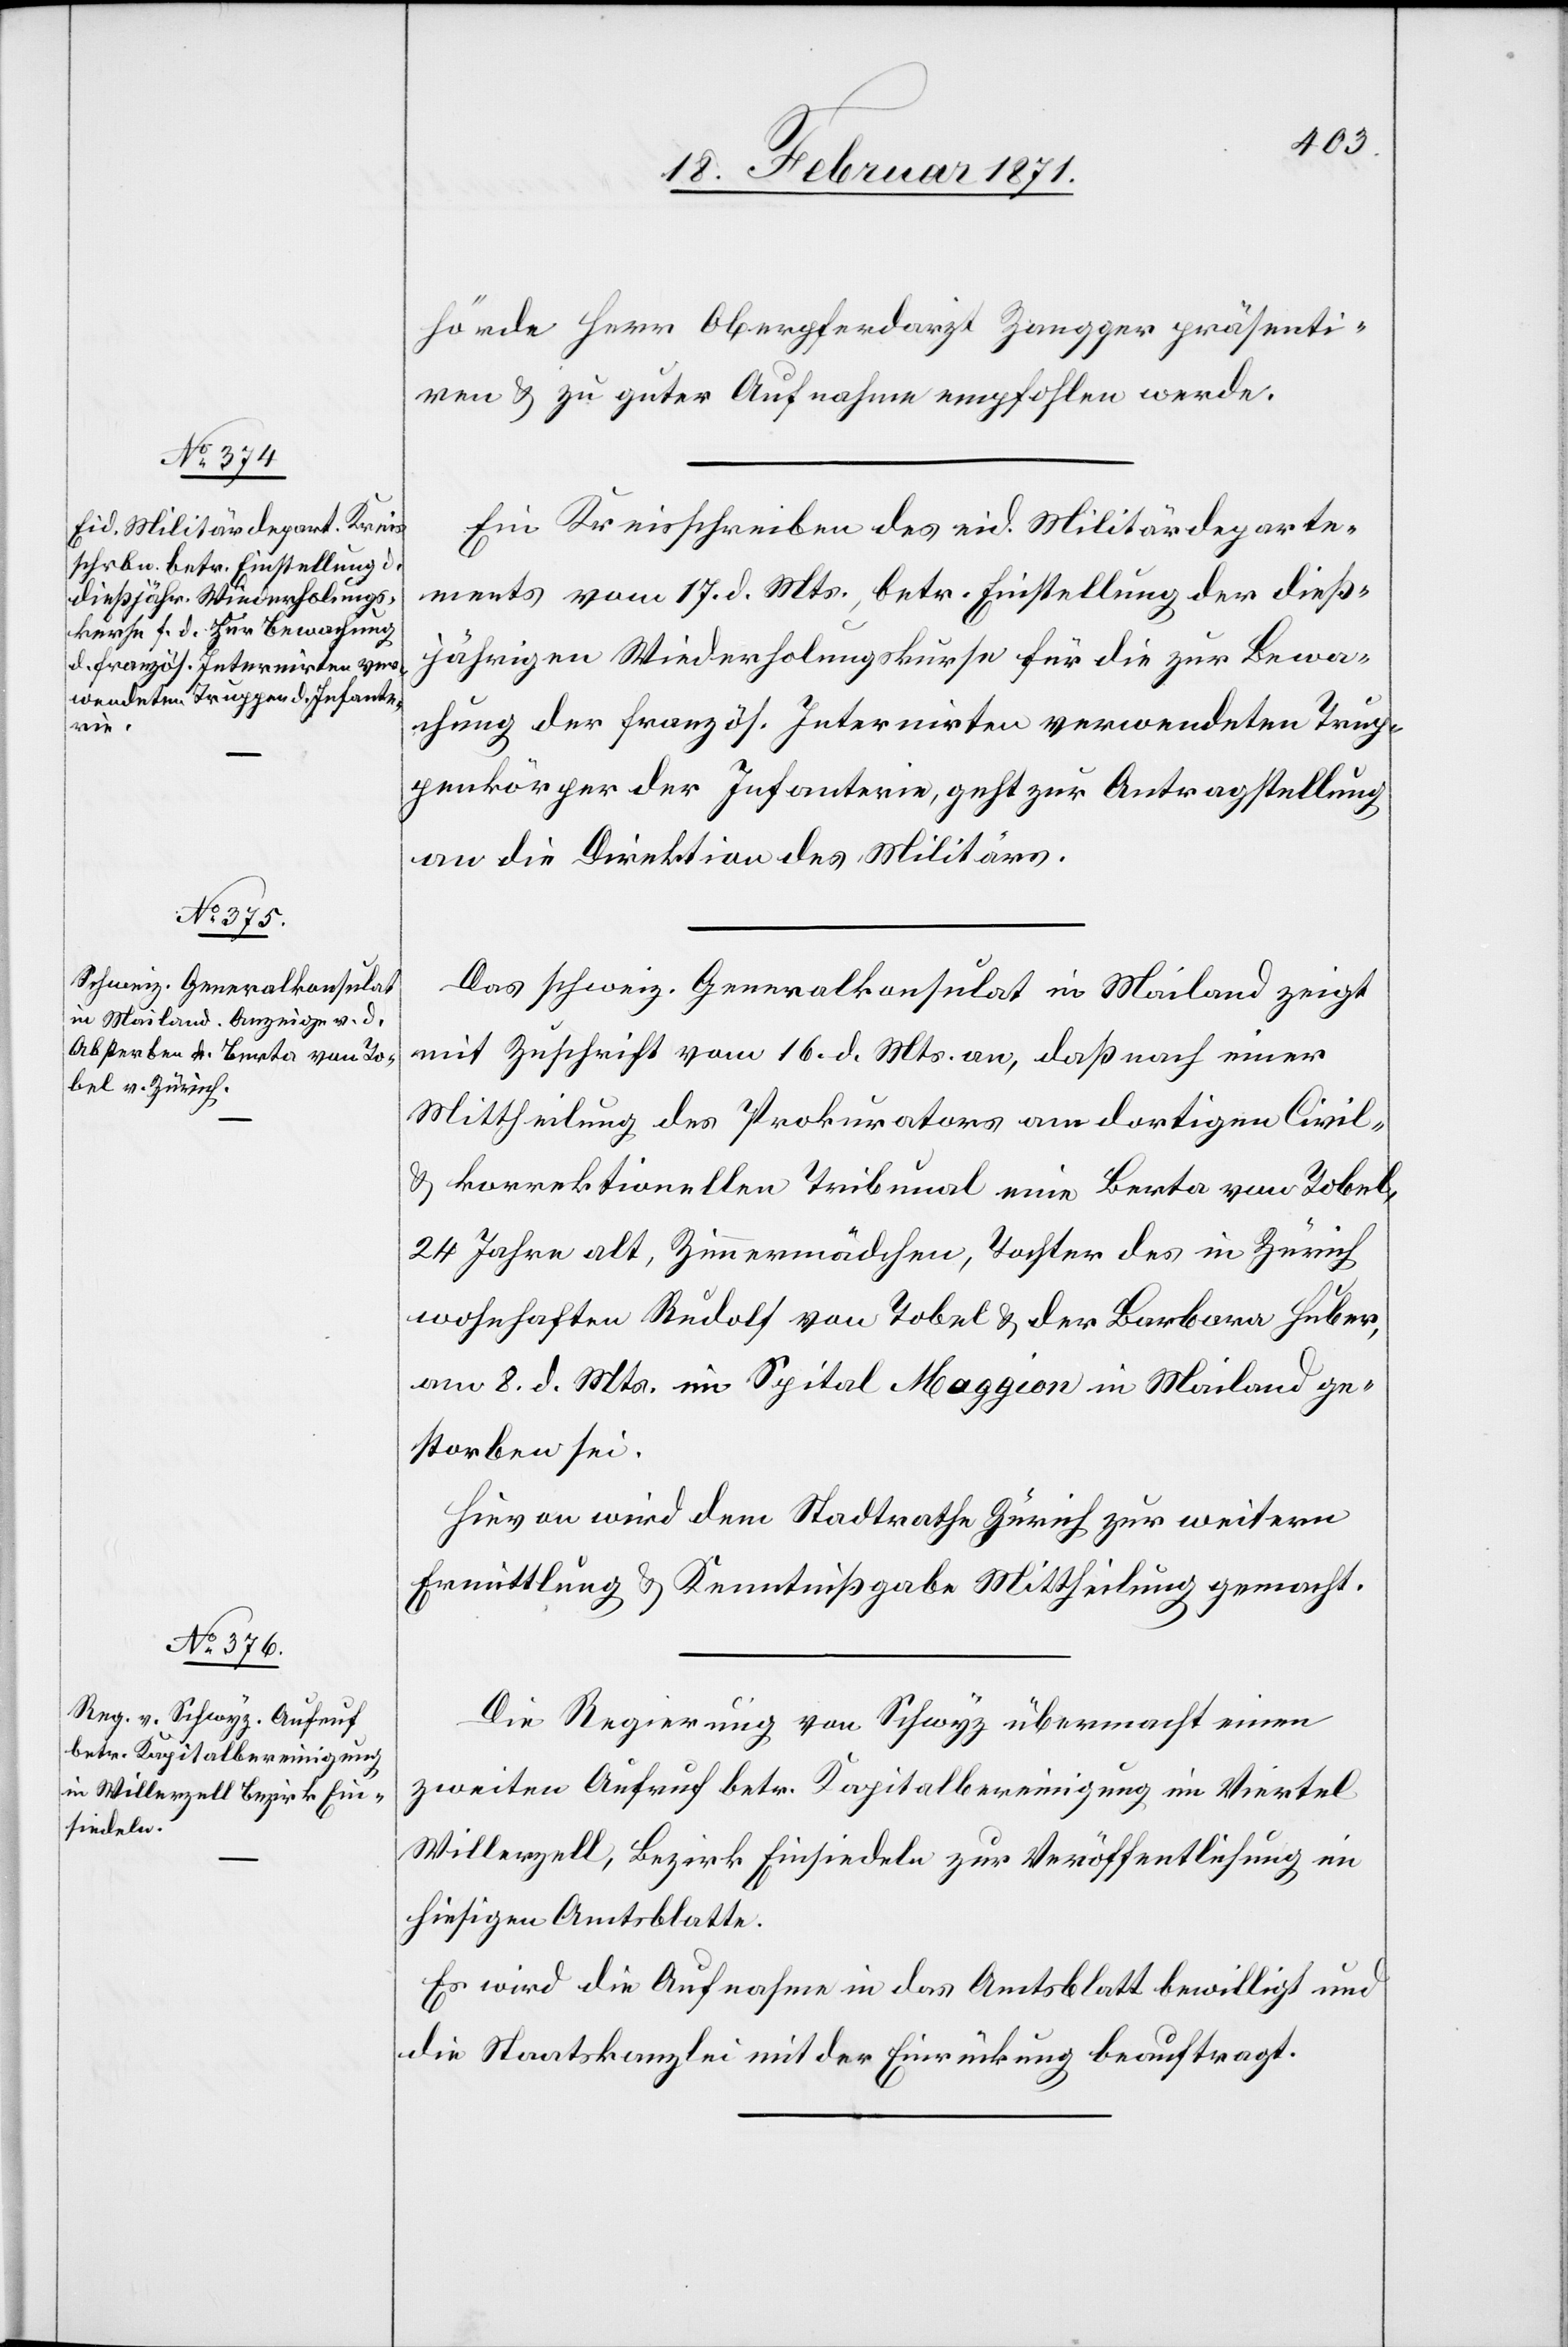
20. Februar 1871.]
hörde Herr Oberpferdarzt Zangger präsenti¬
ren u. zu guter Aufnahme empfohlen werde.
Ein Kreisschreiben des eid. Militärdeparte¬
ments vom 17. d. Mts., betr. Einstellung der dieß¬
jährigen Wiederholungskurse für die zur Bewa¬
chung der französ. Internirten verwendeten Trup¬
penkörper der Infanterie, geht zur Antragstellung
an die Direktion des Militärs.
Das schweiz. Generalkonsulat in Mailand zeigt
mit Zuschrift vom 16. d. Mts. an, daß nach einer
Mittheilung des Prokurators am dortigen Civil-
u. korrektionellen Tribunal eine Berta von Tobel,
24 Jahre alt, Zimmermädchen, Tochter des in Zürich
wohnhaften Rudolf von Tobel u. der Barbara Huber,
am 8. d. Mts. im Spital Maggion in Mailand ge¬
storben sei.
Hievon wird dem Stadtrath Zürich zur weitern
Ermittlung u. Kenntnißgabe Mittheilung gemacht.
Die Regierung von Schwyz übermacht einen
zweiten Aufruf betr. Kapitalbereinigung im Viertel
Willerzell, Bezirk Einsiedeln zur Veröffentlichung im
hiesigen Amtsblatte.
Es wird die Aufnahme in das Amtsblatt bewilligt und
die Staatskanzlei mit der Einrückung beauftragt.